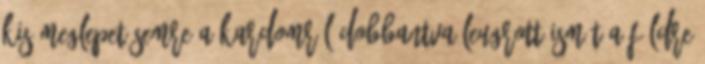
Kis meglepetésemre a kardomról dobbantva leugrott ismét a földre